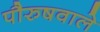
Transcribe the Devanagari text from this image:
पौरुषवाले